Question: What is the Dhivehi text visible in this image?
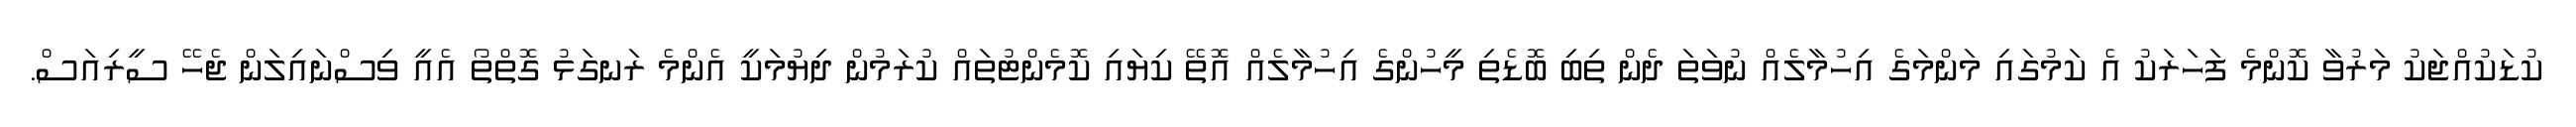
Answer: ކުޑަކުއްޖަކު މަރުވާ ކޮންމެ ފަހަރަކު އެ ކަމުގައި މަންމަގެ އިހުމާލެއް ނުވަތަ ދެން ތިބި ބޮޑެތި މީހުންގެ އިހުމާލެއް އޮތޭ ކިޔައި ކޮމެންޓުތައް ކުރަމުން ދިޔުމަކީ އެންމެ ރަނގަޅު ގޮތްތޯ އެއީ ވިސްނައިލަން ޖެހޭ ސީރިއަސް.